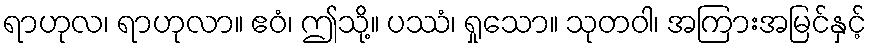
ရာဟုလ၊ ရာဟုလာ။ ဧဝံ၊ ဤသို့။ ပဿံ၊ ရှုသော။ သုတဝါ၊ အကြားအမြင်နှင့်